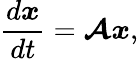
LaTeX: \frac{d\boldsymbol{x}}{dt}=\boldsymbol{\mathcal{A}}\boldsymbol{x},